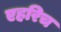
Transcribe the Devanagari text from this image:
एहरिच